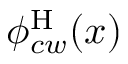
\phi _ { c w } ^ { \mathrm { H } } ( x )